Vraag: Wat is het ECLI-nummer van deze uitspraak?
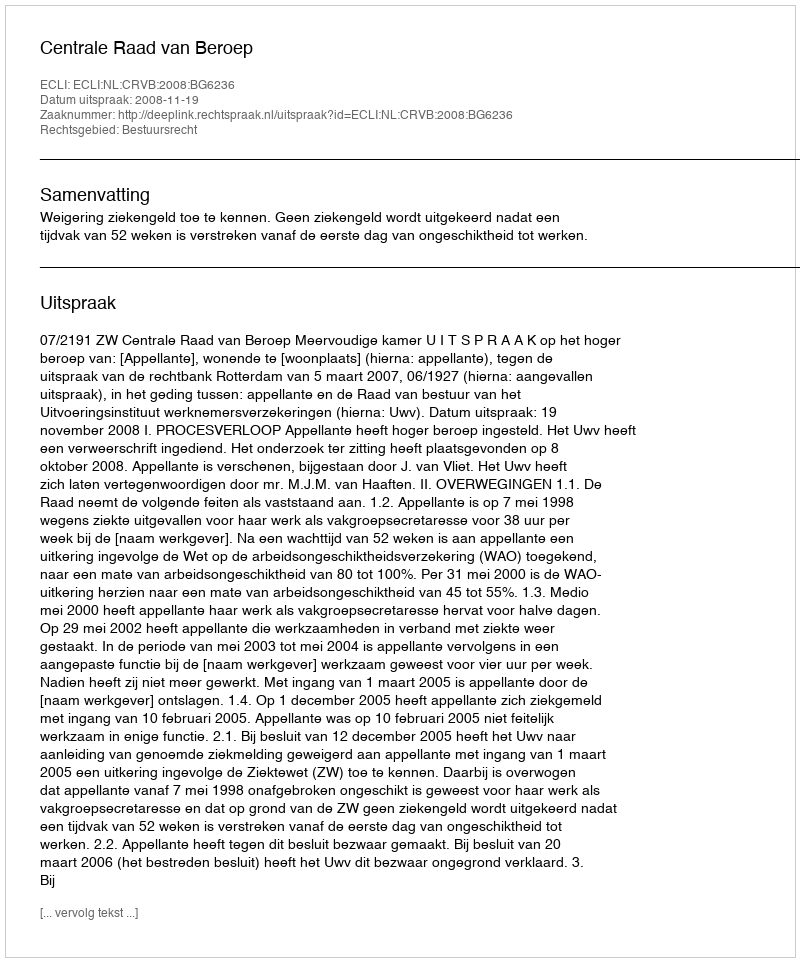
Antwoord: ECLI:NL:CRVB:2008:BG6236